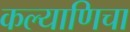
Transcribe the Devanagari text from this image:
कल्याणिचा